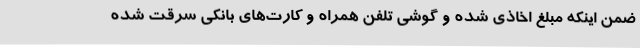
ضمن اینکه مبلغ اخاذی شده و گوشی تلفن همراه و کارت‌های بانکی سرقت شده